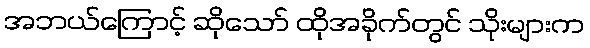
အဘယ်ကြောင့် ဆိုသော် ထိုအခိုက်တွင် သိုးများက